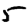
Digit: 5